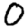
Digit: 0